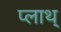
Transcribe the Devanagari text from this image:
प्लाथ्